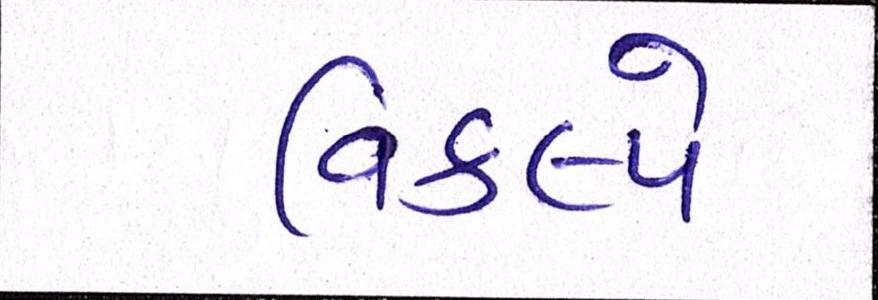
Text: વિકલ્પે